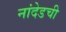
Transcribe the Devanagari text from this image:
नांदेडची